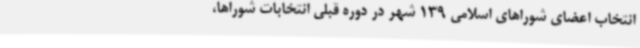
انتخاب اعضای شوراهای اسلامی 139 شهر در دوره قبلی انتخابات شوراها،